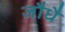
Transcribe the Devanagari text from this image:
जौधै